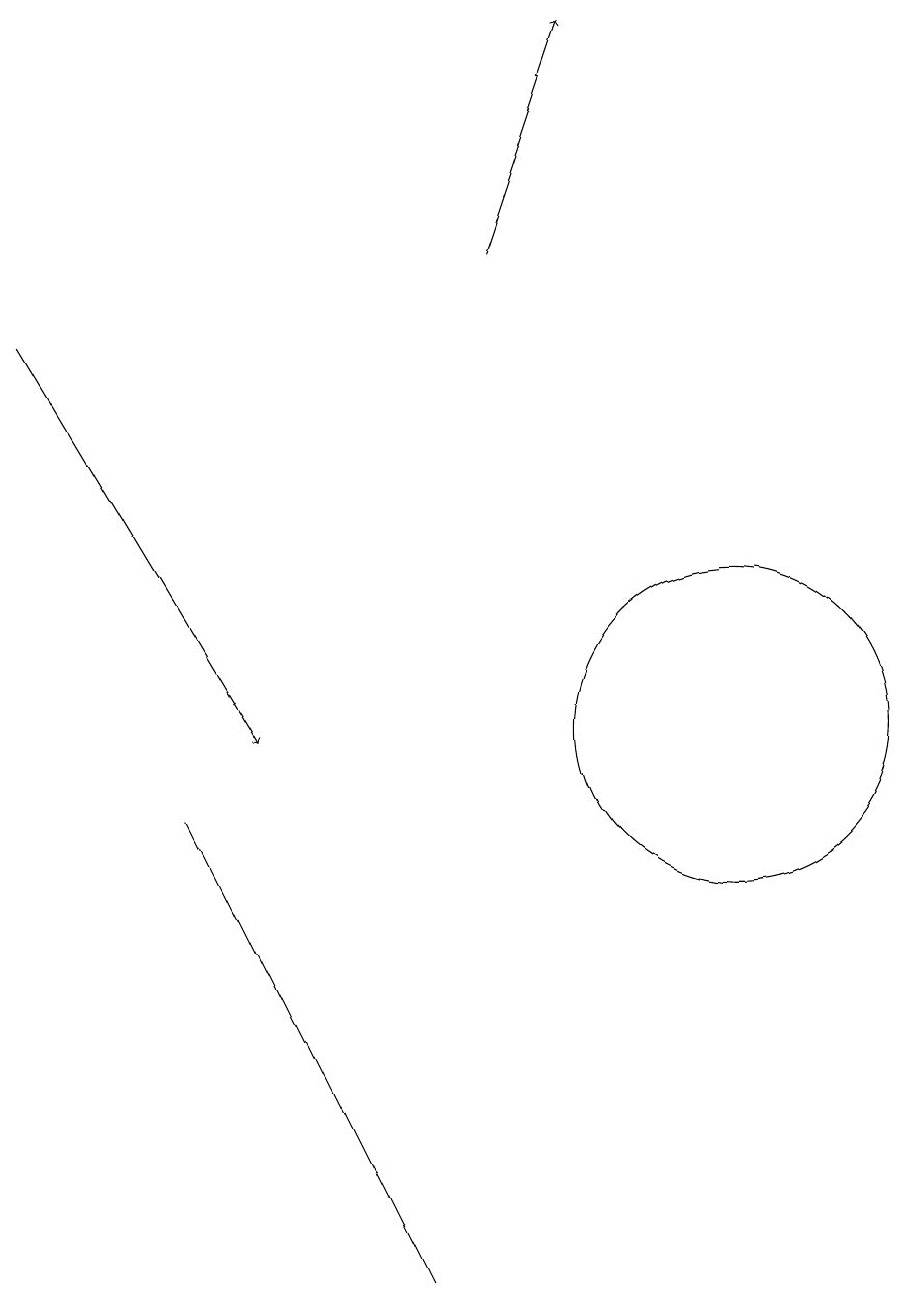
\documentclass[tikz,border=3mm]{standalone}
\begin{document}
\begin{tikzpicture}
\draw (7,3) -- (4,9) -- (4,9) -- cycle;
\draw (11,10) circle (2);
\draw[->] (8,16) -- (9,19);
\draw[->] (2,15) -- (5,10);
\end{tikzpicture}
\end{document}